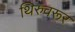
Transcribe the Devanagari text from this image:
थिरुवरूर